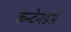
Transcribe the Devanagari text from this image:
कन्टेनडर्स